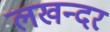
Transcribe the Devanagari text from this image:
लखन्दर